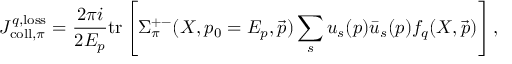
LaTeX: J _ { \mathrm { c o l l } , \pi } ^ { q , \mathrm { l o s s } } = \frac { 2 \pi i } { 2 E _ { p } } \mathrm { t r } \left[ \Sigma _ { \pi } ^ { + - } ( X , p _ { 0 } = E _ { p } , \vec { p } ) \sum _ { s } u _ { s } ( p ) \bar { u } _ { s } ( p ) f _ { q } ( X , \vec { p } ) \right] ,